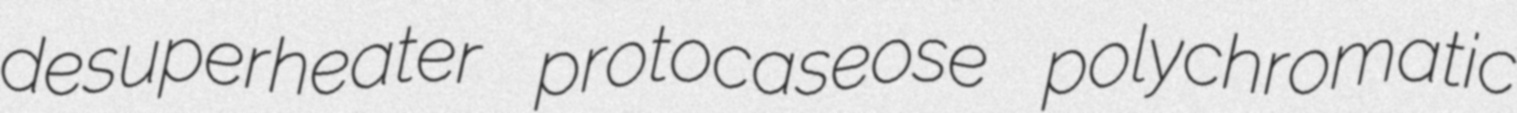
desuperheater protocaseose polychromatic